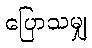
ပြောသမျှ